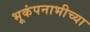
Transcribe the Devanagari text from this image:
भूकंपनाभीच्या